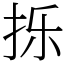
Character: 㧰